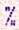
%